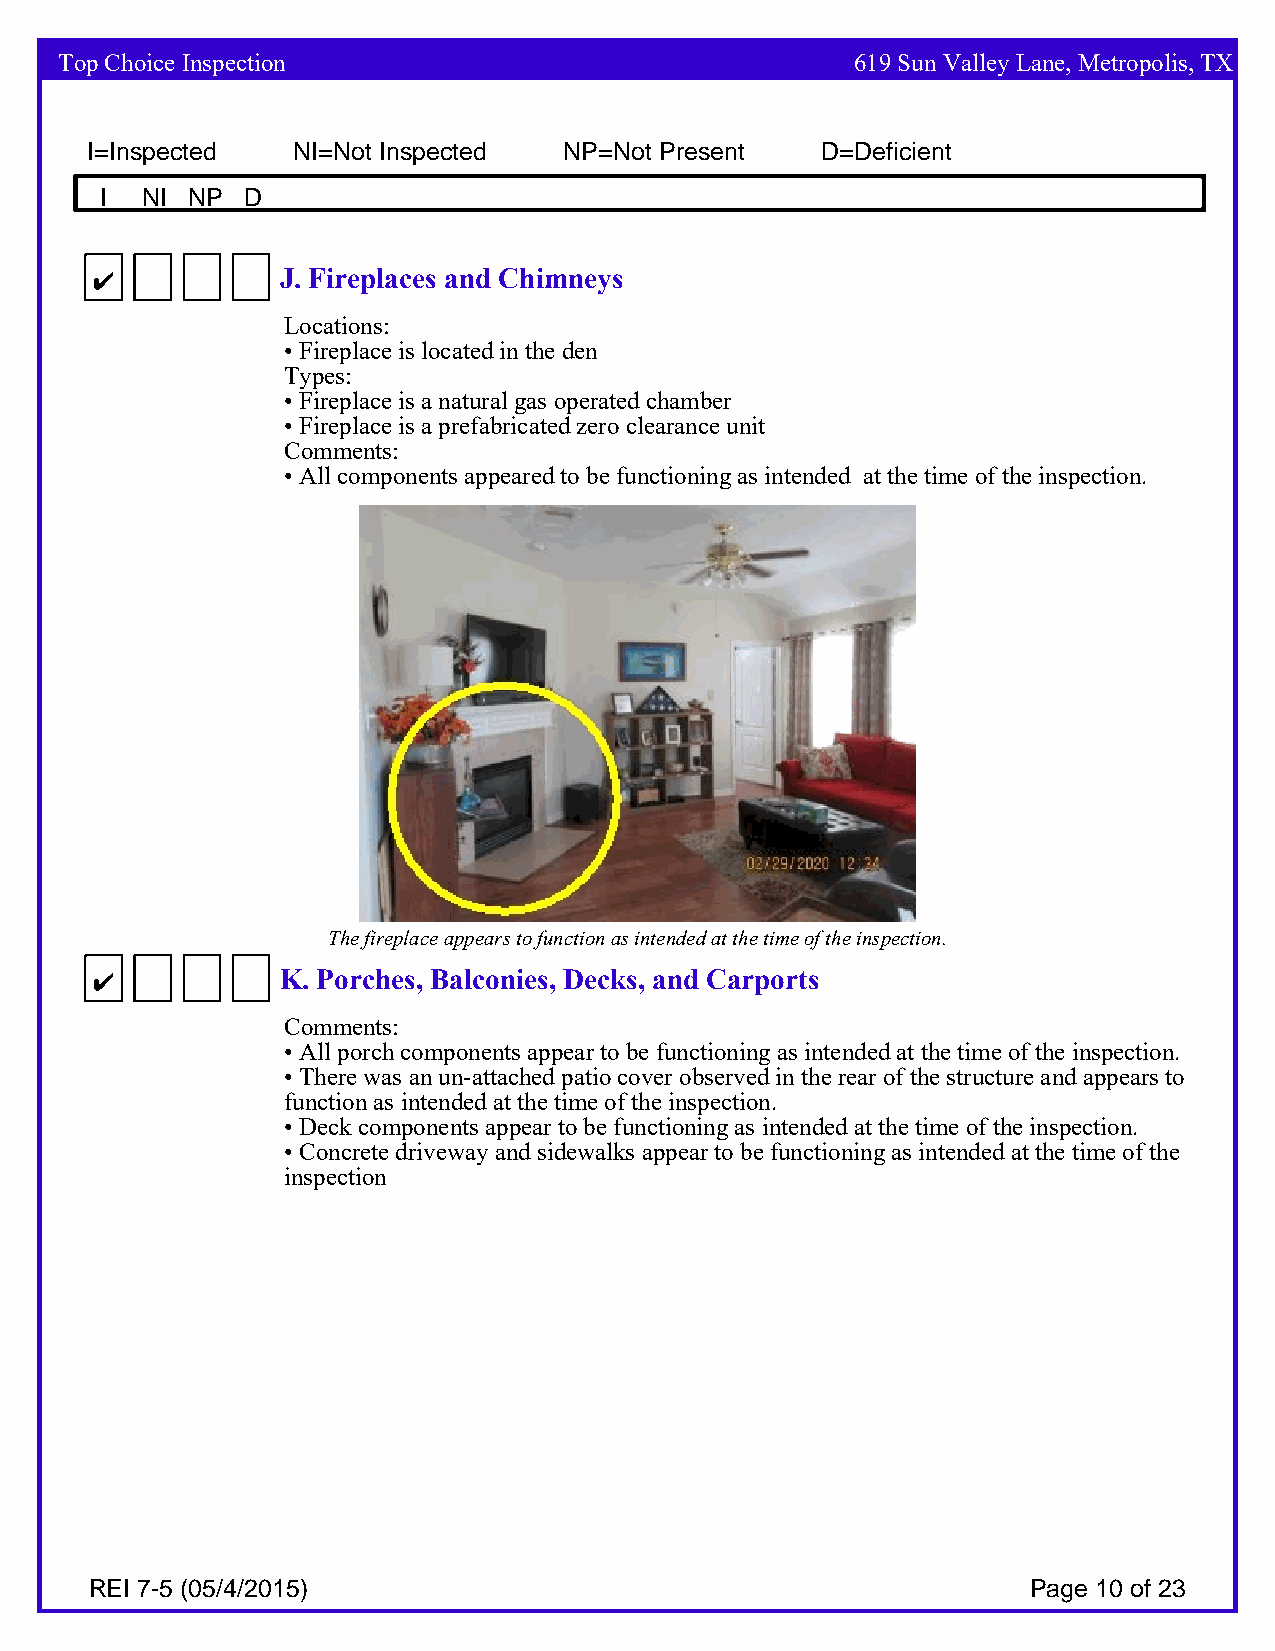
Top Choice Inspection                                619 Sun Valley Lane, Metropolis, TX
 I=Inspected  NI=Not Inspected  NP=Not Present   D=Deficient
 I NI NP  D
 4            J. Fireplaces and Chimneys
 Locations:
 • Fireplace is located in the den
 Types:
 • Fireplace is a natural gas operated chamber
 • Fireplace is a prefabricated zero clearance unit
 Comments:
 • All components appeared to be functioning as intended at the time of the inspection.
 The fireplace appears to function as intended at the time of the inspection.
 4            K. Porches, Balconies, Decks, and Carports
 Comments:
 • All porch components appear to be functioning as intended at the time of the inspection.
 • There was an un-attached patio cover observed in the rear of the structure and appears to
 function as intended at the time of the inspection.
 • Deck components appear to be functioning as intended at the time of the inspection.
 • Concrete driveway and sidewalks appear to be functioning as intended at the time of the
 inspection
 REI 7-5 (05/4/2015)                                           Page 10 of 23